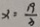
x = \frac { 9 } { 3 }